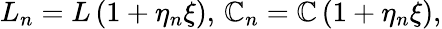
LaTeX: L_{n}=L\left(1+\eta_{n}\xi\right),\, \mathbb{C}_{n}=\mathbb{C}\left(1+\eta_{n}\xi\right),